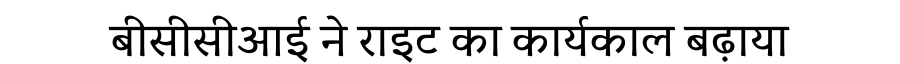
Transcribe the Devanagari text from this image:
बीसीसीआई ने राइट का कार्यकाल बढ़ाया